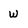
Character: W